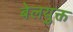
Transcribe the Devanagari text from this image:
बेलयुक्त